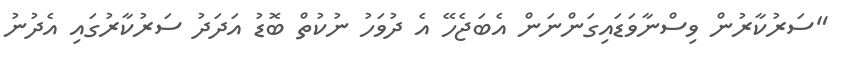
"ސަރުކާރުން ވިސްނާވަޑައިގަންނަން އެބަޖެހޭ އެ ދުވަހު ނުކުތް ބޮޑު އަދަދު ސަރުކާރުގައި އެދުނު